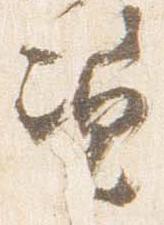
資